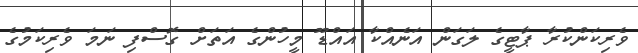
ވެރިކަންކުރާ ޕާޓީގެ ލަގަން އަނެއްކާ އައްޑޫ މީހުންގެ އަތަށް ގޮސްފި ނަމަ ވެރިކަމުގެ